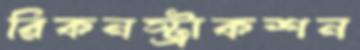
রিকনস্ট্রাকশন